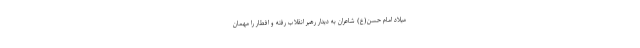
میلاد امام حسن(ع) شاعران به دیدار رهبر انقلاب رفته و افطار را مهمان